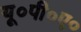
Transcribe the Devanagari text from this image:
यू०पी०ए०